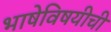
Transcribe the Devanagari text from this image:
भाषेविषयीची